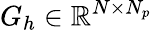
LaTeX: G_{h}\in\mathbb{R}^{N\times N_{p}}